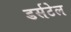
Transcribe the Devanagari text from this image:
डर्सटेल